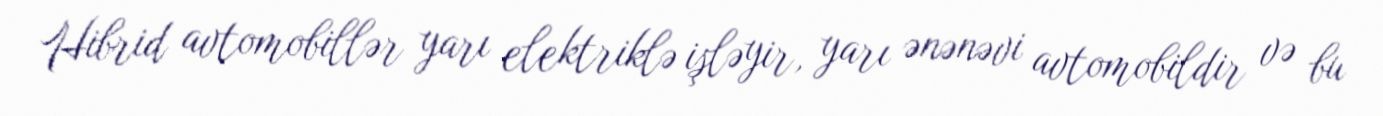
Hibrid avtomobillər yarı elektriklə işləyir, yarı ənənəvi avtomobildir və bu